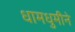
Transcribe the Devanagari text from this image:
धामधुमीने